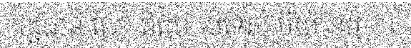
រដ្ឋធានី ណៃ ពិដោ ប្រទេស មីយ៉ាន់ម៉ា ។